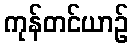
ကုန်တင်ယာဉ်